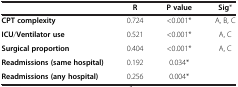
<table><thead><tr><td><b> </b></td><td><b>R</b></td><td><b>P value</b></td><td><b>Sig*</b></td></tr></thead><tbody><tr><td><b>CPT complexity</b></td><td>0.724</td><td>&lt;0.001*</td><td>A, B, C</td></tr><tr><td><b>ICU</b>/<b>Ventilator use</b></td><td>0.521</td><td>&lt;0.001*</td><td>A, C</td></tr><tr><td><b>Surgical proportion</b></td><td>0.404</td><td>&lt;0.001*</td><td>A, C</td></tr><tr><td><b>Readmissions </b><b>(same hospital)</b></td><td>0.192</td><td>0.034*</td><td> </td></tr><tr><td><b>Readmissions </b><b>(any hospital)</b></td><td>0.256</td><td>0.004*</td><td> </td></tr></tbody></table>